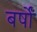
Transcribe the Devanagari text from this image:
बर्षोंं